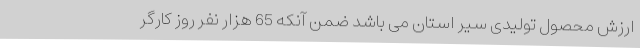
ارزش محصول تولیدی سیر استان می باشد ضمن آنکه 65 هزار نفر روز کارگر